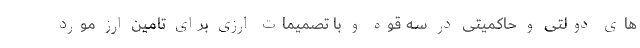
های دولتی و حاکمیتی در سه قوه و با تصمیمات ارزی برای تامین ارز مورد